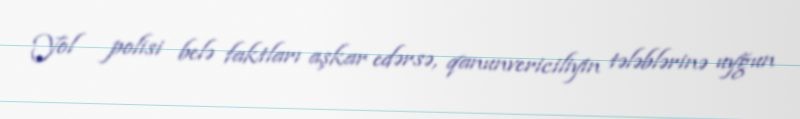
Yol polisi belə faktları aşkar edərsə, qanunvericiliyin tələblərinə uyğun